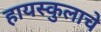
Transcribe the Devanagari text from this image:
हायस्कुलाचे